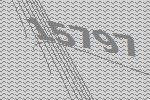
15797